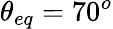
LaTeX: \theta_{eq}=70^{o}